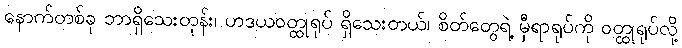
နောက်တစ်ခု ဘာရှိသေးတုန်း၊ ဟဒယဝတ္ထုရုပ် ရှိသေးတယ်၊ စိတ်တွေရဲ့ မှီရာရုပ်ကို ဝတ္ထုရုပ်လို့